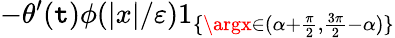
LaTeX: -\theta^{\prime}(\mathtt{t})\phi(|x|/\varepsilon)1_{\{ \argx\in(\alpha+\frac{{\pi}}{{2}},\frac{{3\pi}}{{2}}-\alpha)\} }